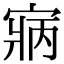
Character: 寎